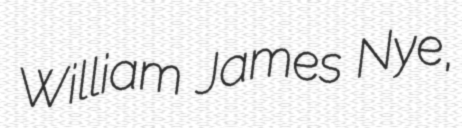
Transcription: William James Nye,